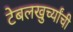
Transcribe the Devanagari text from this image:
टेबलखुर्च्यांची